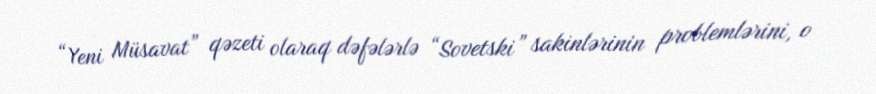
“Yeni Müsavat” qəzeti olaraq dəfələrlə “Sovetski” sakinlərinin problemlərini, o